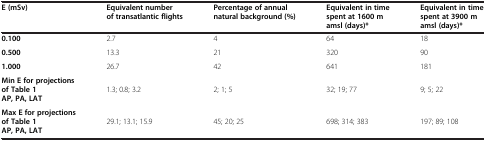
<table><thead><tr><td><b>E (mSv)</b></td><td><b>Equivalent number of transatlantic flights</b></td><td><b>Percentage of annual natural background (%)</b></td><td><b>Equivalent in time spent at 1600 m amsl (days)*</b></td><td><b>Equivalent in time spent at 3900 m amsl (days)*</b></td></tr></thead><tbody><tr><td><b>0.100</b></td><td>2.7</td><td>4</td><td>64</td><td>18</td></tr><tr><td><b>0.500</b></td><td>13.3</td><td>21</td><td>320</td><td>90</td></tr><tr><td><b>1.000</b></td><td>26.7</td><td>42</td><td>641</td><td>181</td></tr><tr><td><b>Min E for projections of Table 1 AP, PA, LAT</b></td><td>1.3; 0.8; 3.2</td><td>2; 1; 5</td><td>32; 19; 77</td><td>9; 5; 22</td></tr><tr><td><b>Max E for projections of Table 1 AP, PA, LAT</b></td><td>29.1; 13.1; 15.9</td><td>45; 20; 25</td><td>698; 314; 383</td><td>197; 89; 108</td></tr></tbody></table>